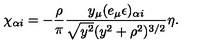
\chi _ { \alpha i } = - \frac { \rho } { \pi } \frac { y _ { \mu } ( e _ { \mu } \epsilon ) _ { \alpha i } } { \sqrt { y ^ { 2 } } ( y ^ { 2 } + \rho ^ { 2 } ) ^ { 3 / 2 } } \eta .